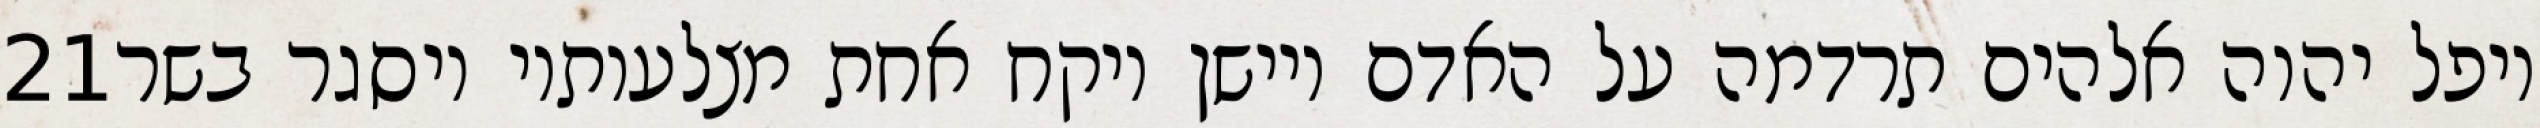
‎21‏ ויפל יהוה אלהים תרדמה על האדם ויישן ויקח אחת מצלעותיו ויסגר בשר